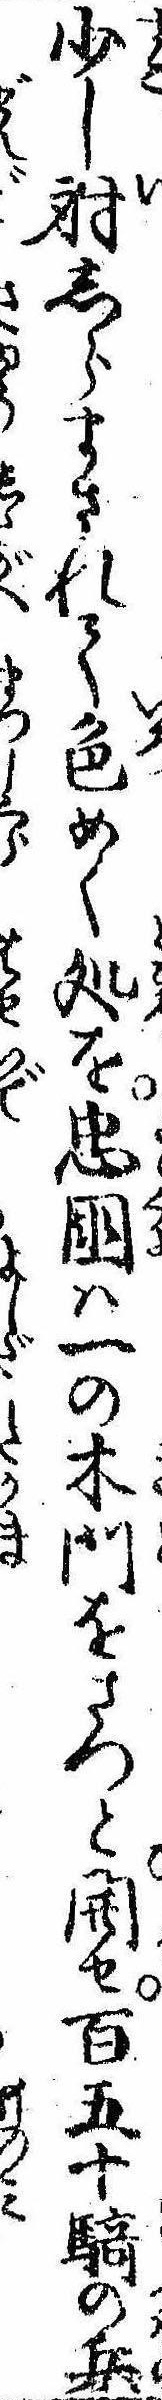
少し射しらまされて色めく処を忠国は一の木門をさつと開せ百五十騎の兵